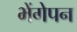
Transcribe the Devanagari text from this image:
भेंगेपन